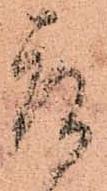
取